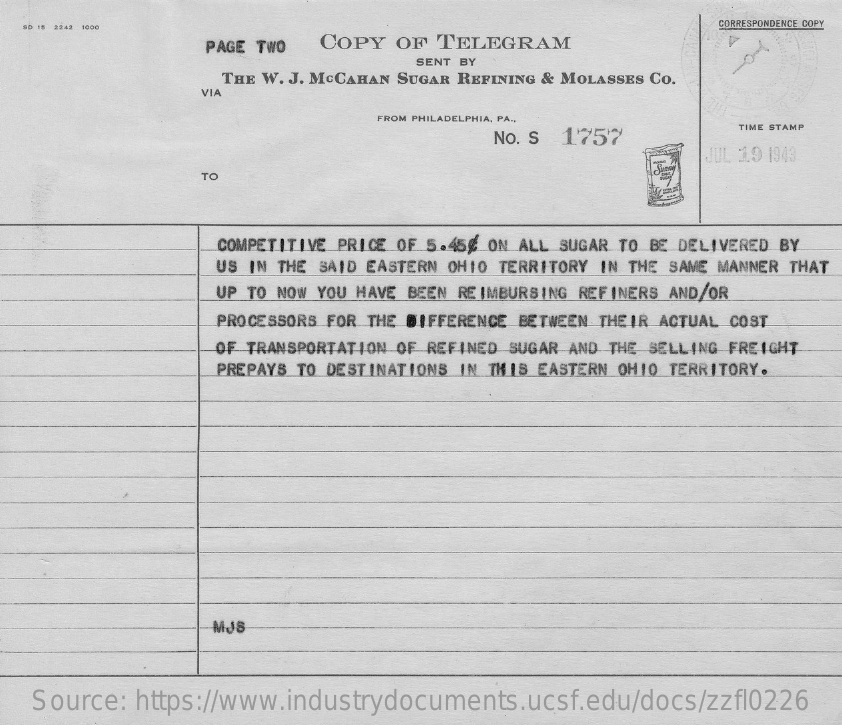
SD 15 2242 1000    CORRESPONDENCE COPY
     PAGE TWO COPY OF TELEGRAM
     SENT BY
     4
     THE W. J. McCAHAN SUGAR REFINING & MOLASSES Co.
     VIA
     FROM PHILADELPHIA, PA .,
     No. S 1757
     TIME STAMP
     JUL 19 1948
     TO
     COMPETITIVE PRICE OF 5.45 € ON ALL SUGAR TO BE DELIVERED BY
     US IN THE SAID EASTERN OH10 TERRITORY IN THE SAME MANNER THAT
     UP TO NOW YOU HAVE BEEN REIMBURSING REFINERS AND/OR
     PROCESSORS FOR THE DIFFERENCE BETWEEN THEIR ACTUAL COST
     OF TRANSPORTATION OF REFINED SUGAR AND THE SELLING FREIGHT
     PREPAYS TO DESTINATIONS IN THIS EASTERN OHIO TERRITORY.
     MJS
   Source: https://www.industrydocuments.ucsf.edu/docs/zzfl0226